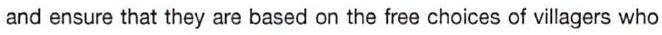
and ensure that they are based on the free choices of villagers who